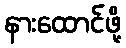
နားထောင်ဖို့